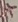
Text: +